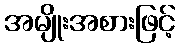
အမျိုးအစားဖြင့်